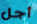
أجل